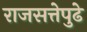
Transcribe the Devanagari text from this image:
राजसत्तेपुढे